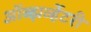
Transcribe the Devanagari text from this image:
ऑब्झर्व्हेटरी